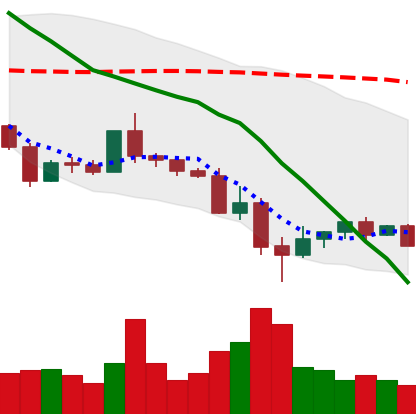
Ticker: ETC-USD
Chart end date: 2022-05-18
Forward return: 9.998%
Label: up_7plus